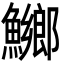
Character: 鱜